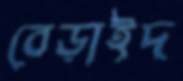
বেড়াইদ